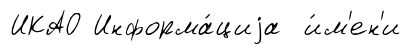
ИКАО Информа́циjа и́м'ен'и